King Institute of Preventive Medicine Bacteriolog. Section reports 1907-08
Year: 1907
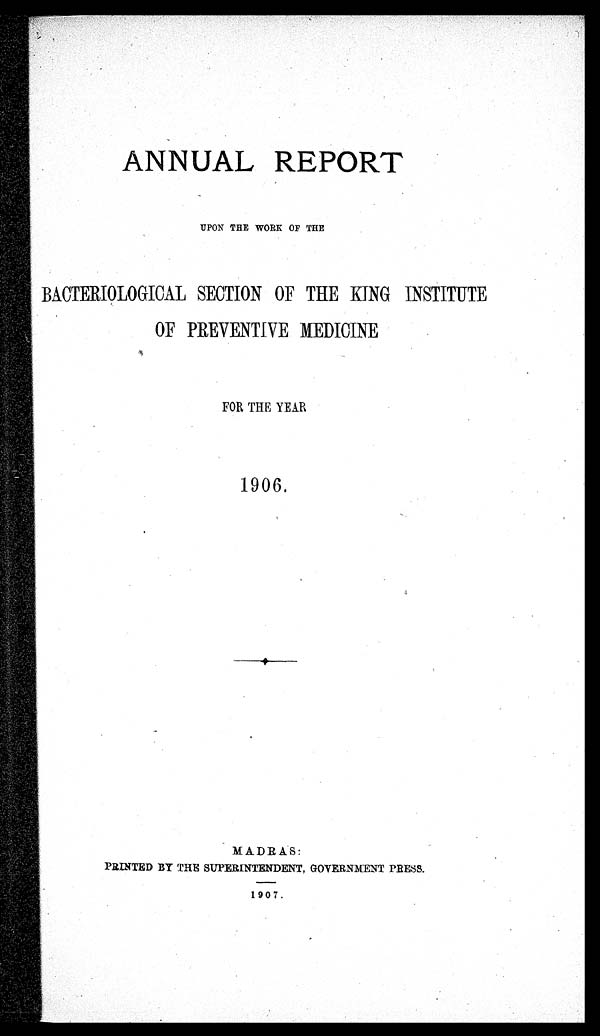
ANNUAL REPORT
UPON THE WORK OF THE
BACTERIOLOGICAL SECTION OF THE KING INSTITUTE
OF PREVENTIVE MEDICINE
FOR THE YEAR
1906.
MADRAS:
PRINTED BY THE SUPERINTENDENT, GOVERNMENT PRESS.
1907.